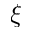
\xi